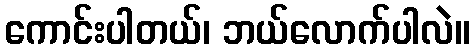
ကောင်းပါတယ်၊ ဘယ်လောက်ပါလဲ။